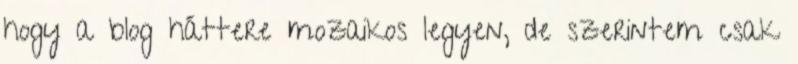
hogy a blog háttere mozaikos legyen, de szerintem csak